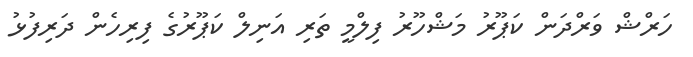
ހަރްޝް ވަރްދަން ކަޕޫރު މަޝްހޫރު ފިލްމީ ތަރި އަނިލް ކަޕޫރުގެ ފިރިހެން ދަރިފުޅު